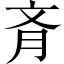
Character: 𦙟